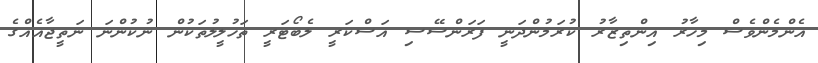
އެންމެންވެސް މިހާރު އިންތިޒާރު ކުރަމުންދަނީ ފަރަންސޭސި އަސްކަރީ ލެބޯޓަރީ ތަހުލީލުތަކުން ނުކުންނަ ނަތީޖާއެއްގެ